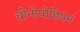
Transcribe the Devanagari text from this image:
चीनोपोडियम